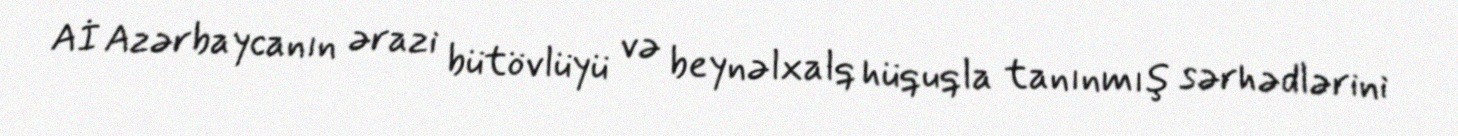
Aİ Azərbaycanın ərazi bütövlüyü və beynəlxalq hüquqla tanınmış sərhədlərini